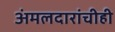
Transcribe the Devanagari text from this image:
अंमलदारांचीही